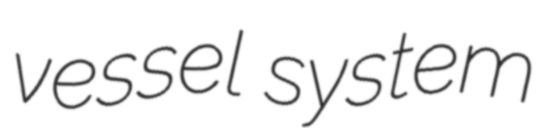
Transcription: vessel system